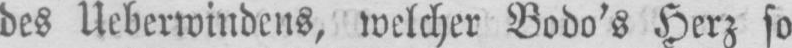
des Ueberwindens, welcher Bodo’s Herz so